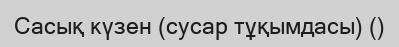
Сасық күзен (сусар тұқымдасы) ()